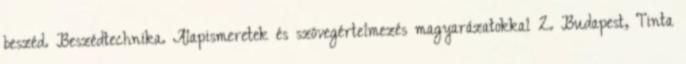
beszéd. Beszédtechnika. Alapismeretek és szövegértelmezés magyarázatokkal 2. Budapest, Tinta